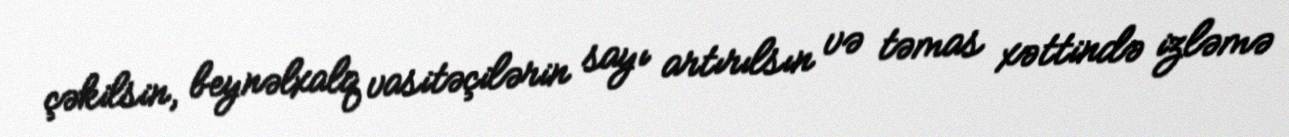
çəkilsin, beynəlxalq vasitəçilərin sayı artırılsın və təmas xəttində izləmə